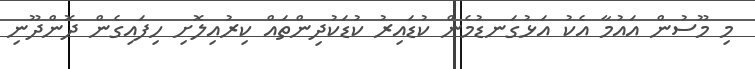
މި މޫސުން އައުމާ އެކު އަޅުގަނޑުމެން ކުޑައިރު ކުޑަކުދިންތައް ކިރުއިލޮށި ހިފައިގެން ދޮންދޫނި